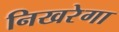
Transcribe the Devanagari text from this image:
निखरेगा